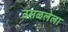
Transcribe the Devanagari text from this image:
उसळलेला